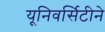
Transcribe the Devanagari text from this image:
यूनिवर्सिटीने